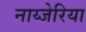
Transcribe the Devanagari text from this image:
नाय्जेरिया